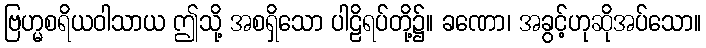
ဗြဟ္မစရိယဝါသာယ ဤသို့ အစရှိသော ပါဠိရပ်တို့၌။ ခဏော၊ အခွင့်ဟုဆိုအပ်သော။